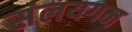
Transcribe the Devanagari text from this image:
संलयगन